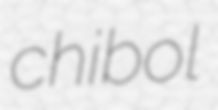
chibol